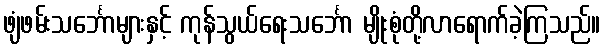
ဖျံဖမ်းသင်္ဘောများနှင့် ကုန်သွယ်ရေးသင်္ဘော မျိုးစုံတို့လာရောက်ခဲ့ကြသည်။